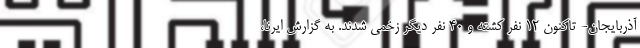
آذربایجان- تاکنون ۱۲ نفر کشته و ۴۰ نفر دیگر زخمی شدند. به گزارش ایرنا،